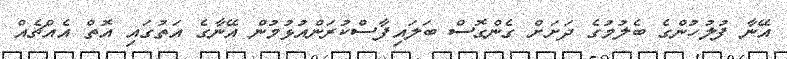
އޭނާ ފުލުހުންގެ ބެލުމުގެ ދަށަށް ގެންގޮސް ބަލައިފާސްކުރަންއުޅުމުން އޭނާގެ އަތުގައި އޮތް އެއްޗެއް